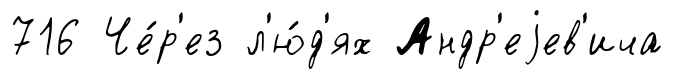
716 Че́р'ез л'ю́д'ях Андр'еjев'ича